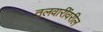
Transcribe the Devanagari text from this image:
तलवारींवरील